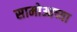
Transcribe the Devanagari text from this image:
सामोआच्या